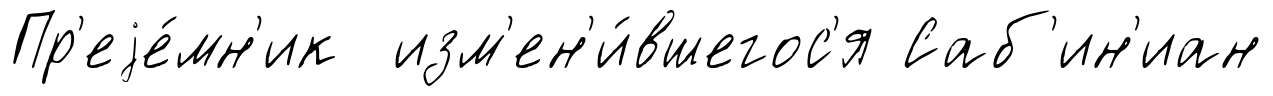
Пр'еjе́мн'ик изм'ен'и́вшегос'я Саб'ин'иан